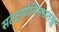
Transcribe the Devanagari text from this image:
सतश्चयोनिमसतश्च